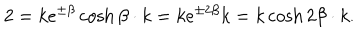
2 = k e ^ { \pm \beta } \cosh \beta \cdot k = k e ^ { \pm 2 \beta } k = k \cosh 2 \beta \cdot k .